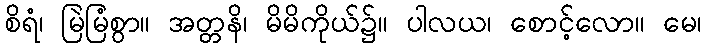
စိရံ၊ မြဲမြံစွာ။ အတ္တနိ၊ မိမိကိုယ်၌။ ပါလယ၊ စောင့်လော။ မေ၊